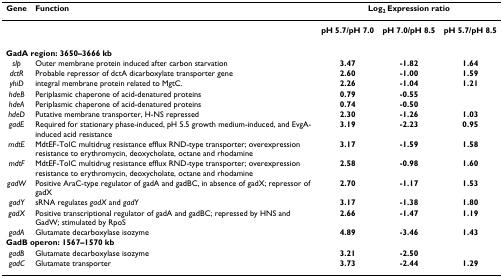
<table><thead><tr><td><b>Gene</b></td><td><b>Function</b></td><td colspan="3"><b>Log<sub>2 </sub>Expression ratio</b></td></tr></thead><tbody><tr><td></td><td></td><td><b>pH 5.7/pH 7.0</b></td><td><b>pH 7.0/pH 8.5</b></td><td><b>pH 5.7/pH 8.5</b></td></tr><tr><td colspan="2"><b>GadA region: 3650–3666 kb</b></td><td></td><td></td><td></td></tr><tr><td><i>slp</i></td><td>Outer membrane protein induced after carbon starvation</td><td><b>3.47</b></td><td><b>-1.82</b></td><td><b>1.64</b></td></tr><tr><td><i>dctR</i></td><td>Probable repressor of dctA dicarboxylate transporter gene</td><td><b>2.60</b></td><td><b>-1.00</b></td><td><b>1.59</b></td></tr><tr><td><i>yhiD</i></td><td>integral membrane protein related to MgtC.</td><td><b>2.26</b></td><td><b>-1.04</b></td><td><b>1.21</b></td></tr><tr><td><i>hdeB</i></td><td>Periplasmic chaperone of acid-denatured proteins</td><td><b>0.79</b></td><td><b>-0.55</b></td><td></td></tr><tr><td><i>hdeA</i></td><td>Periplasmic chaperone of acid-denatured proteins</td><td><b>0.74</b></td><td><b>-0.50</b></td><td></td></tr><tr><td><i>hdeD</i></td><td>Putative membrane transporter, H-NS repressed</td><td><b>2.30</b></td><td><b>-1.26</b></td><td><b>1.03</b></td></tr><tr><td><i>gadE</i></td><td>Required for stationary phase-induced, pH 5.5 growth medium-induced, and EvgA-induced acid resistance</td><td><b>3.19</b></td><td><b>-2.23</b></td><td><b>0.95</b></td></tr><tr><td><i>mdtE</i></td><td>MdtEF-TolC multidrug resistance efflux RND-type transporter; overexpression resistance to erythromycin, deoxycholate, octane and rhodamine</td><td><b>3.17</b></td><td><b>-1.59</b></td><td><b>1.58</b></td></tr><tr><td><i>mdtF</i></td><td>MdtEF-TolC multidrug resistance efflux RND-type transporter; overexpression resistance to erythromycin, deoxycholate, octane and rhodamine</td><td><b>2.58</b></td><td><b>-0.98</b></td><td><b>1.60</b></td></tr><tr><td><i>gadW</i></td><td>Positive AraC-type regulator of gadA and gadBC, in absence of gadX; repressor of gadX</td><td><b>2.70</b></td><td><b>-1.17</b></td><td><b>1.53</b></td></tr><tr><td><i>gadY</i></td><td>sRNA regulates <i>gadX </i>and <i>gadY</i></td><td><b>3.17</b></td><td><b>-1.38</b></td><td><b>1.80</b></td></tr><tr><td><i>gadX</i></td><td>Positive transcriptional regulator of gadA and gadBC; repressed by HNS and GadW; stimulated by RpoS</td><td><b>2.66</b></td><td><b>-1.47</b></td><td><b>1.19</b></td></tr><tr><td><i>gadA</i></td><td>Glutamate decarboxylase isozyme</td><td><b>4.89</b></td><td><b>-3.46</b></td><td><b>1.43</b></td></tr><tr><td colspan="2"><b>GadB operon: 1567–1570 kb</b></td><td></td><td></td><td></td></tr><tr><td><i>gadB</i></td><td>Glutamate decarboxylase isozyme</td><td><b>3.21</b></td><td><b>-2.50</b></td><td></td></tr><tr><td><i>gadC</i></td><td>Glutamate transporter</td><td><b>3.73</b></td><td><b>-2.44</b></td><td><b>1.29</b></td></tr></tbody></table>